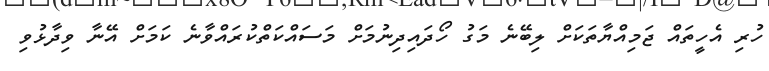
ހުރި އެހީތައް ޖަމިއްޔާތަކަށް ލިބޭނެ މަގު ހޯދައިދިނުމަށް މަސައްކަތްކުރައްވާނެ ކަމަށް އޭނާ ވިދާޅުވި